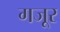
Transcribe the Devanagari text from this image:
गजूर